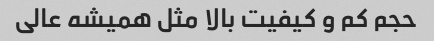
حجم کم و کیفیت بالا مثل همیشه عالی